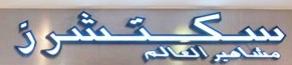
سكتشرز